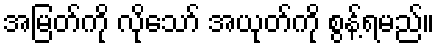
အမြတ်ကို လိုသော် အယုတ်ကို စွန့်ရမည်။